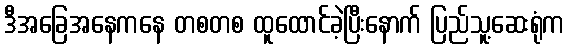
ဒီအခြေအနေကနေ တစတစ ထူထောင်ခဲ့ပြီးနောက် ပြည်သူ့ဆေးရုံက